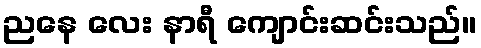
ညနေ လေး နာရီ ကျောင်းဆင်းသည်။